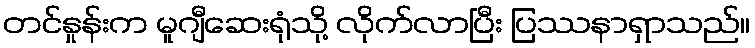
တင်နှုန်းက မူဂျီဆေးရုံသို့ လိုက်လာပြီး ပြဿနာရှာသည်။